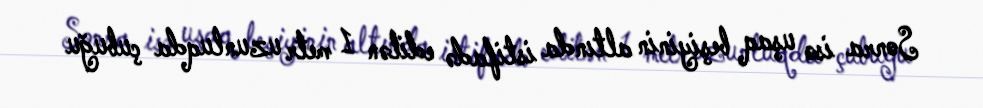
Sonra isə uşaq beşiyinin altında istifadə edilən 1 metr uzunluqda çubuğu